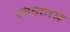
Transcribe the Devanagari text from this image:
रबदानसे